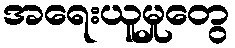
အရေးယူမှုတွေ